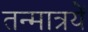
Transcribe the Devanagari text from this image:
तन्मात्रयें